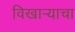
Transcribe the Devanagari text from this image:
विखाऱ्याचा